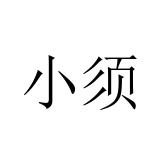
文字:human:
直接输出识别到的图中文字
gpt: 小须